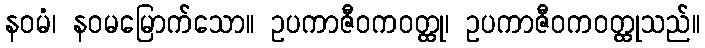
နဝမံ၊ နဝမမြောက်သော။ ဥပကာဇီဝကဝတ္ထု၊ ဥပကာဇီဝကဝတ္ထုသည်။